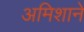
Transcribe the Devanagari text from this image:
अमिशाने